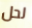
لحل